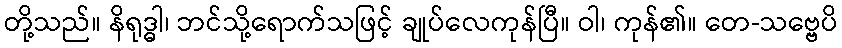
တို့သည်။ နိရုဒ္ဓါ၊ ဘင်သို့ရောက်သဖြင့် ချုပ်လေကုန်ပြီ။ ဝါ၊ ကုန်၏။ တေ-သဗ္ဗေပိ